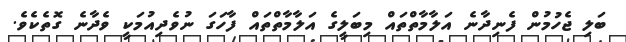
ބަލި ޖެހުމުން ފެނިދާނެ އަލާމާތްތައް މިބަލީގެ އަލާމާތްތައް ފާހަގަ ނުވެދިއުމަކީ ވެދާނެ ގޮތެކެވެ.